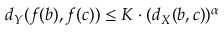
d _ { Y } ( f ( b ) , f ( c ) ) \leq K \cdot ( d _ { X } ( b , c ) ) ^ { \alpha }